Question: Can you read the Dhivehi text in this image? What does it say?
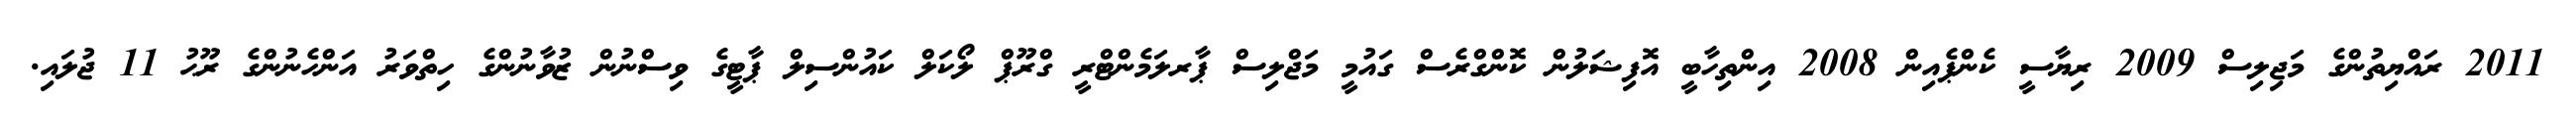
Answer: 2011 ރައްޔިތުންގެ މަޖިލިސް 2009 ރިޔާސީ ކެންޕެއިން 2008 އިންތިހާބީ އޮފިޝަލުން ކޮންގްރެސް ގައުމީ މަޖްލިސް ޕާރލަމެންޓްރީ ގްރޫޕް ލޯކަލް ކައުންސިލް ޕާޓީގެ ވިސްނުން ޒުވާނުންގެ ހިތްވަރު އަންހެނުންގެ ރޫޙު 11 ޖުލައި.